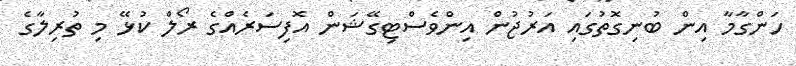
ހަންގާމާ އިން ބުނިގޮތުގައި އަރުޖުން އިންވެސްޓިގޭޝަން އޮފިސަރެއްގެ ރޯލް ކުޅޭ މި ތުރިލާގެ